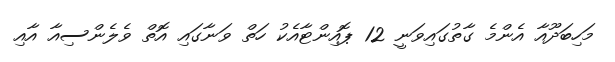
މަހިބަދޫއާ އެންމެ ގާތުގައިވަނީ 12 ޕޮއިންޓާއެކު ހަތް ވަނާގައި އޮތް ވެލެންސިއާ އާއި